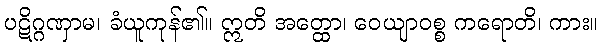
ပဋိဂ္ဂဏှာမ၊ ခံယူကုန်၏။ ဣတိ အတ္ထော၊ ဝေယျာဝစ္စ ကရောတိ၊ ကား။